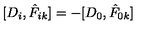
[ D _ { i } , \hat { F } _ { i k } ] = - [ D _ { 0 } , \hat { F } _ { 0 k } ]